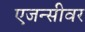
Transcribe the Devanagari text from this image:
एजन्सीवर